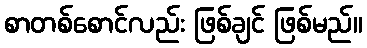
စာတစ်စောင်လည်း ဖြစ်ချင် ဖြစ်မည်။